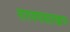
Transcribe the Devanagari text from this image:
नारायणासारखाच